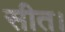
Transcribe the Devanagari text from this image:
सीत।